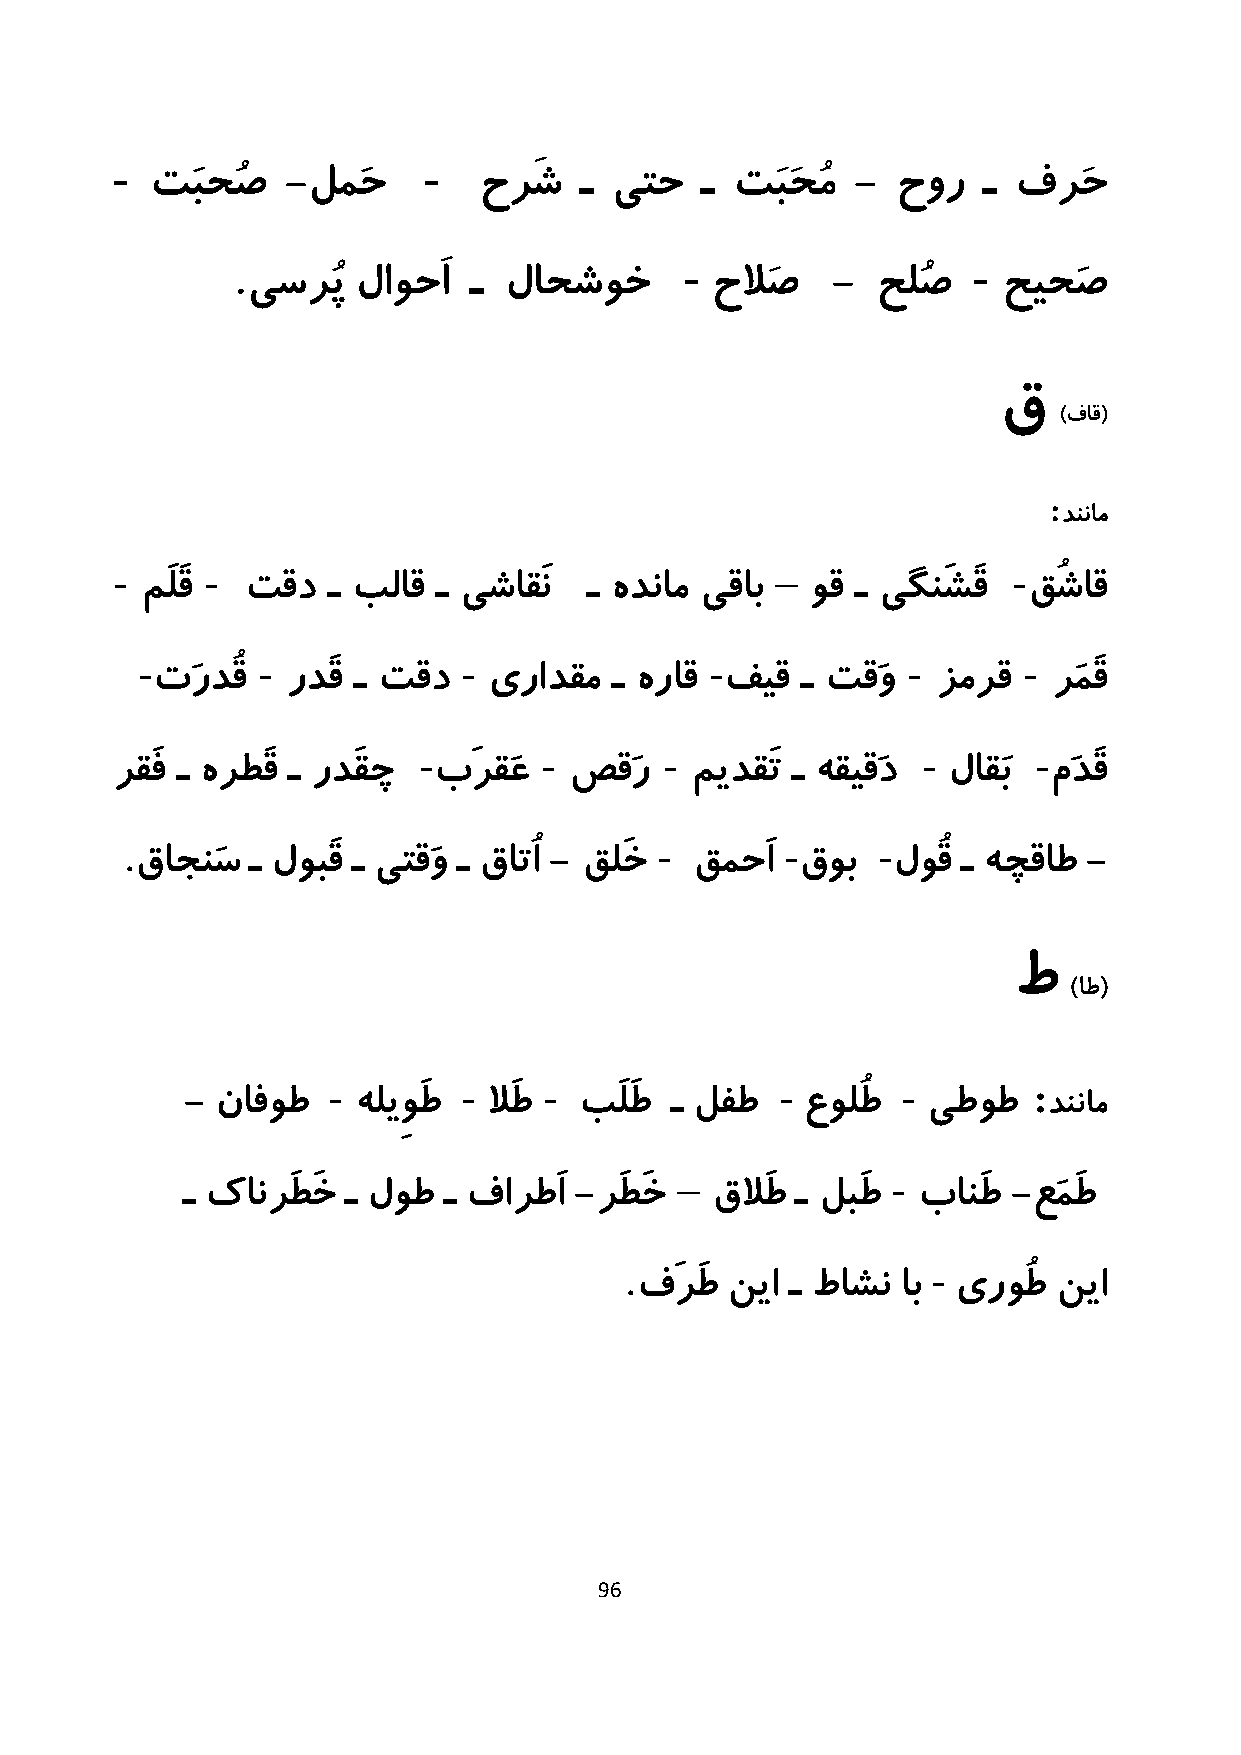
-                    -
 تَبحُص   -لمَح        حرَش  ـ یتح   ـ  تَبَحُم - حور   ـ فرَح
 .                            -                  -
 یسرُپ   لاوحَا ـ لاحشوخ        حلاَص   -  حلُص    حیحَص
 ق
 )فاق(
 :
 دننام
 -      -                                    –               -
 مَلَق  تقد   ـ بلاق ـ یشاقَن  ـ هدنام یقاب   وق ـ یگنَشَق  قُشاق
 -       -             -               -            -       -
 تَردُق   ردَق ـ تقد   یرادقم   ـ هراق فیق  ـ تقَو   زمرق    رَمَق
 -       -       -                -      -
 رقَف ـ هرطَق ـ ردَقچ  بَرقَع   صقَر    میدقَت ـ هقیقَد  لاقَب مَدَق
 .                                  -        -     -
 قاجنَس  ـ لوبَق ـ یتقَو ـ قاتُا - قلَخ قمحَا قوب  لوُق ـ هچقاط -
 ط
 )اط(
 -       -     -               -       -       :
 - نافوط    هلیِوَط  لاَط  بَلَط ـ لفط    عولُط   یطوط    دننام
 –             -
 ـ کانرَطَخ ـ لوط ـ فارطَا -رَطَخ   قلاَط ـ لبَط  بانَط -عَمَط
 .                    -
 فَرَط نیا ـ طاشن  اب یروُط  نیا
 96